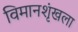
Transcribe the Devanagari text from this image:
विमानशृंखला